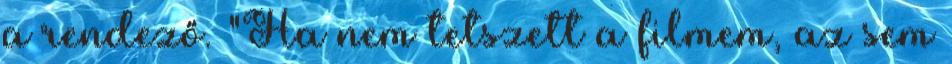
a rendező. "Ha nem tetszett a filmem, az sem